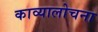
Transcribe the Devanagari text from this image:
काव्यालोचना